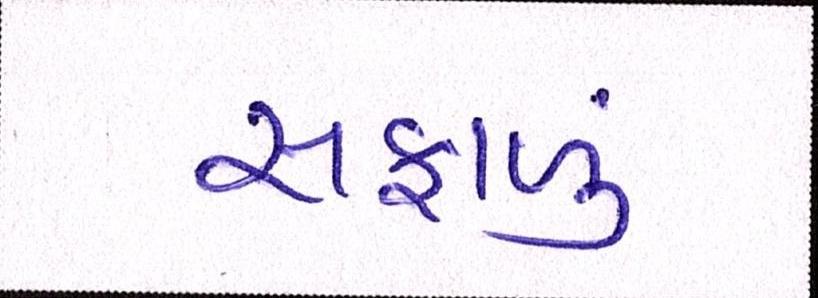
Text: સફાળું